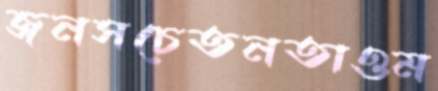
জনসচেতনতাওম